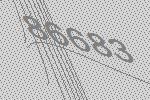
86683